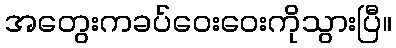
အတွေးကခပ်ဝေးဝေးကိုသွားပြီ။